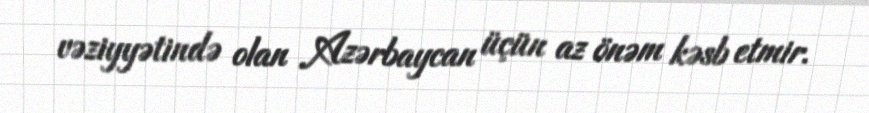
vəziyyətində olan Azərbaycan üçün az önəm kəsb etmir.